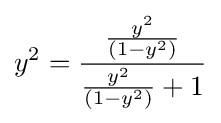
y^{2}={\frac {\frac {y^{2}}{(1-y^{2})}}{{\frac {y^{2}}{(1-y^{2})}}+1}}